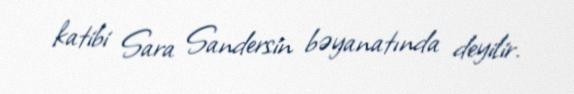
katibi Sara Sandersin bəyanatında deyilir.